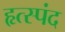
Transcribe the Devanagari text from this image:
हृत्स्पंद